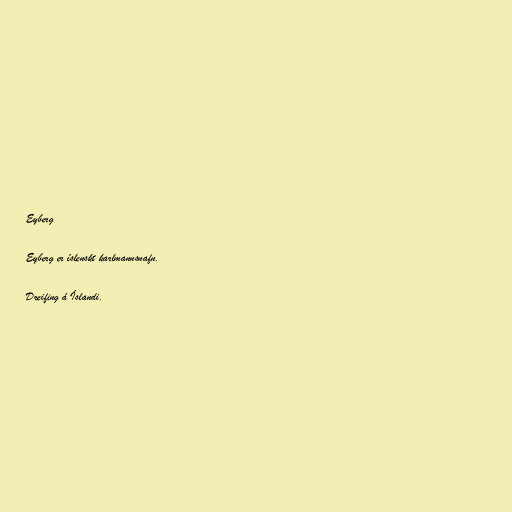
Eyberg

Eyberg er íslenskt karlmannsnafn.

Dreifing á Íslandi.